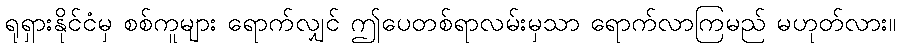
ရုရှားနိုင်ငံမှ စစ်ကူများ ရောက်လျှင် ဤပေတစ်ရာလမ်းမှသာ ရောက်လာကြမည် မဟုတ်လား။